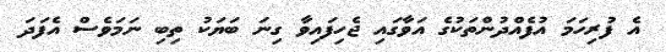
އެ ފުރިހަމަ އުފެއްދުންތަކުގެ އަވާގައި ޖެހިފައިވާ ގިނަ ބަޔަކު ތިބި ނަމަވެސް އެފަދަ